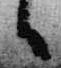
日